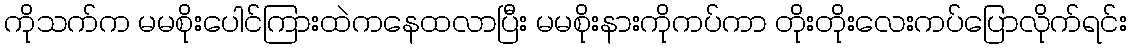
ကိုသက်က မမစိုးပေါင်ကြားထဲကနေထလာပြီး မမစိုးနားကိုကပ်ကာ တိုးတိုးလေးကပ်ပြောလိုက်ရင်း